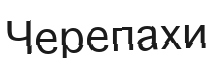
Черепахи